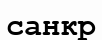
санкр